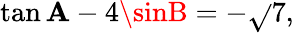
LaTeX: \tan\mathbf{A}-4\sinB=-{\sqrt{}{{7}}},